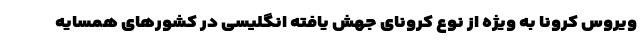
ویروس کرونا به ویژه از نوع کرونای جهش یافته انگلیسی در کشورهای همسایه